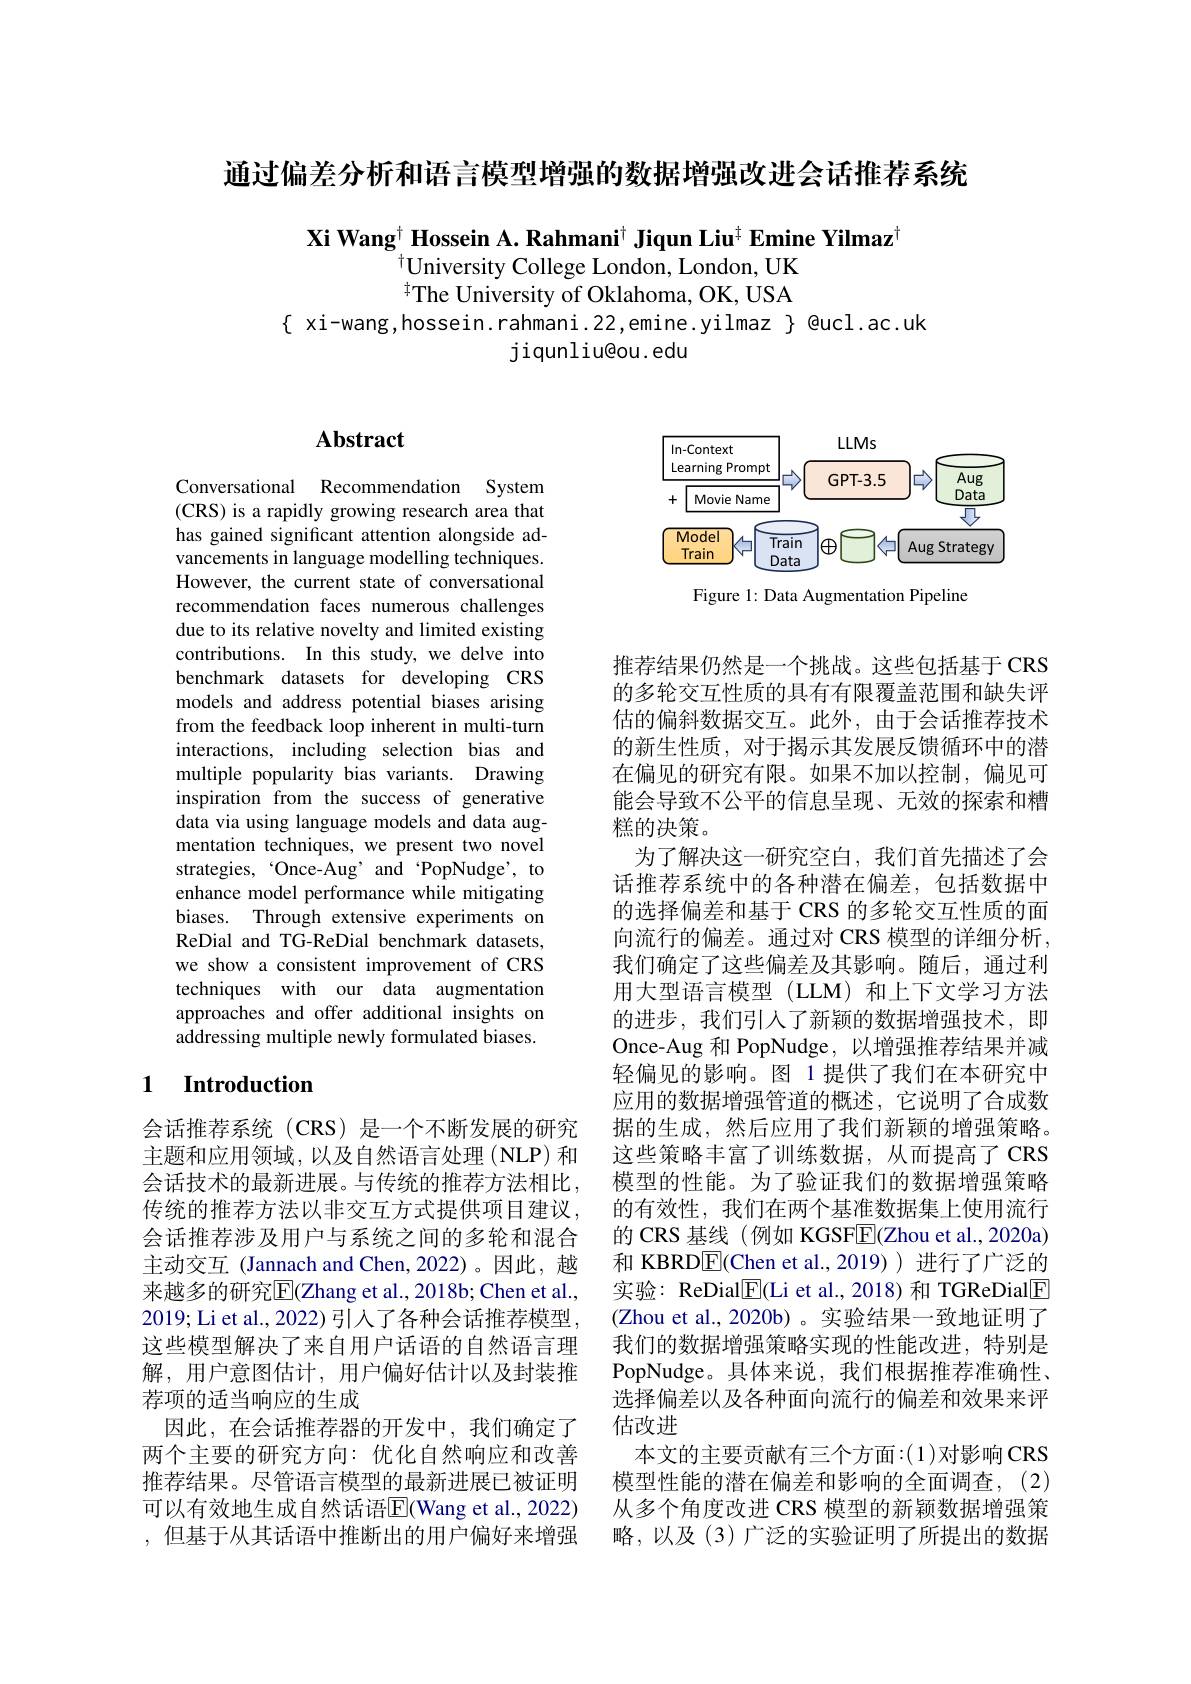
通过偏差分析和语言模型增强的数据增强改进会话推荐系统

Xi Wang$^{\dagger}$ Hossein A. Rahmani$^{\dagger}$ Jiqun Liu$^{\dagger}$ Emine Yilmaz$^{\dagger}$
$^{\dagger}$University College London, London, UK $^{\dagger}$The University of Oklahoma, OK, USA
$\{$ xi-wang,hossein.rahmani.22,emine.yilmaz $\}$ @ucl.ac.uk
jiqunliu@ou.edu

# Abstract

Conversational Recommendation System (CRS) is a rapidly growing research area that has gained significant attention alongside advancements in language modelling techniques. However, the current state of conversational recommendation faces numerous challenges due to its relative novelty and limited existing contributions. In this study, we delve into benchmark datasets for developing CRS models and address potential biases arising from the feedback loop inherent in multi-turn interactions, including selection bias and multiple popularity bias variants. Drawing inspiration from the success of generative data via using language models and data augmentation techniques, we present two novel strategies,“Once-Aug’and‘PopNudge’, to enhance model performance while mitigating biases. Through extensive experiments on ReDial and TG-ReDial benchmark datasets, we show a consistent improvement of CRS techniques with our data augmentation approaches and offer additional insights on addressing multiple newly formulated biases.

## 1 Introduction

会话推荐系统(CRS)是一个不断发展的研究主题和应用领域，以及自然语言处理(NLP) 和会话技术的最新进展。与传统的推荐方法相比传统的推荐方法以非交互方式提供项目建议会话推荐涉及用户与系统之间的多轮和混合主动交互(Jannach and Chen,2022)。因此，越来越多的研究$\overline{\mathrm{E}}$(Zhang et al., 2018b; Chen et al., 2019;Li et al., 2022)引入了各种会话推荐模型这些模型解决了来自用户话语的自然语言理解，用户意图估计，用户偏好估计以及封装推荐项的适当响应的生成
因此，在会话推荐器的开发中，我们确定了两个主要的研究方向：优化自然响应和改善推荐结果。尽管语言模型的最新进展已被证明可以有效地生成自然话语$\boxed{\mathrm{E}}($Wang et al., 2022) ,但基于从其话语中推断出的用户偏好来增强

<FigureHere>

Figure 1: Data Augmentation Pipeline

推荐结果仍然是一个挑战。这些包括基于 CRS 的多轮交互性质的具有有限覆盖范围和缺失评估的偏斜数据交互。此外，由于会话推荐技术的新生性质，对于揭示其发展反馈循环中的潜在偏见的研究有限。如果不加以控制，偏见可能会导致不公平的信息呈现、无效的探索和糟糕的决策。
为了解决这一研究空白，我们首先描述了会话推荐系统中的各种潜在偏差，包括数据中的选择偏差和基于 CRS 的多轮交互性质的面向流行的偏差。通过对 CRS 模型的详细分析， 我们确定了这些偏差及其影响。随后，通过利用大型语言模型(LLM)和上下文学习方法的进步，我们引入了新颖的数据增强技术，即Once-Aug 和 PopNudge, 以增强推荐结果并减轻偏见的影响。图 1 提供了我们在本研究中应用的数据增强管道的概述，它说明了合成数据的生成，然后应用了我们新颖的增强策略。这些策略丰富了训练数据，从而提高了CRS 模型的性能。为了验证我们的数据增强策略的有效性，我们在两个基准数据集上使用流行的 CRS 基线 (例如 KGSFE(Zhou et al., 2020a) 和 KBRD$\overline{\mathrm{E}}($Chen et al.,2019))进行了广泛的实验：ReDial$\boxed{\mathrm{F}}($Li et al., 2018) 和 TGReDial$\boxed{\mathrm{F}}$ (Zhou et al., 2020b)。实验结果一致地证明了我们的数据增强策略实现的性能改进，特别是PopNudge。具体来说，我们根据推荐准确性、 选择偏差以及各种面向流行的偏差和效果来评估改进
本文的主要贡献有三个方面：(1)对影响 CRS 模型性能的潜在偏差和影响的全面调查，(2) 从多个角度改进 CRS 模型的新颖数据增强策略，以及(3)广泛的实验证明了所提出的数据